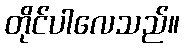
တိုင်ပါလေသည်။